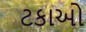
ટકાઓ